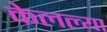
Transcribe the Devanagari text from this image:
केलल्या